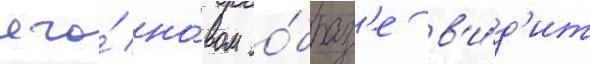
его́ но́вом о́браз'е в'и́д'ит